Indian journal of veterinary science and animal husbandry - Volume 2,
Year: 1932
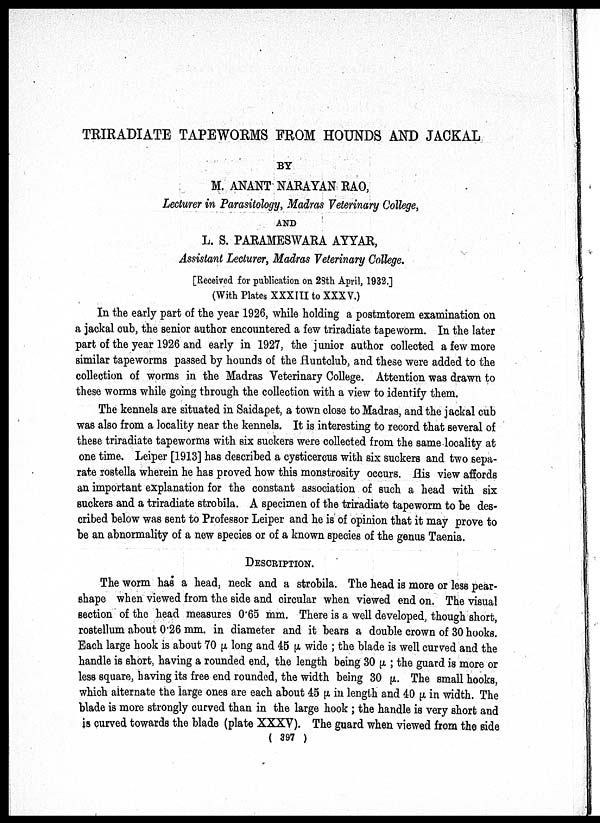
TRIRADIATE TAPEWORMS FROM HOUNDS AND JACKAL
BY
M. ANANT NARAYAN RAO,
Lecturer in Parasitology, Madras Veterinary College,
AND
L. S. PARAMESWARA AYYAR,
Assistant Lecturer, Madras Veterinary College.
[Received for publication on 28th April, 1932.]
(With Plates XXXIII to XXXV.)
In the early part of the year 1926, while holding a postmtorem examination on
a jackal cub, the senior author encountered a few triradiate tapeworm. In the later
part of the year 1926 and early in 1927, the junior author collected a few more
similar tapeworms passed by hounds of the Huntclub, and these were added to the
collection of worms in the Madras Veterinary College. Attention was drawn to
these worms while going through the collection with a view to identify them.
The kennels are situated in Saidapet, a town close to Madras, and the jackal cub
was also from a locality near the kennels. It is interesting to record that several of
these triradiate tapeworms with six suckers were collected from the same locality at
one time. Leiper [1913] has described a cysticercus with six suckers and two sepa
rate rostella wherein he has proved how this monstrosity occurs, His view affords
an important explanation for the constant association of such a head with six
suckers and a triradiate strobila. A specimen of the triradiate tapeworm to be des
cribed below was sent to Professor Leiper and he is of opinion that it may prove to
be an abnormality of a new species or of a known species of the genus Taenia.
DESCRIPTION.
The worm has a head, neck and a strobila. The head is more or less pear-
shape when viewed from the side and circular when viewed end on. The visual
section of the head measures 0.65 mm. There is a well developed, though short,
rostellum about 0.26 mm. in diameter and it bears a double crown of 30 hooks.
Each large hook is about 70 μ long and 45 μ wide ; the blade is well curved and the
handle is short, having a rounded end, the length being 30 μ; the guard is more or
less square, having its free end rounded, the width being 30 μ. The small hooks,
which alternate the large ones are each about 45 μ in length and 40 μ in width. The
blade is more strongly curved than in the large hook ; the handle is very short and
is curved towards the blade (plate XXXV). The guard when viewed from the side
( 397 )